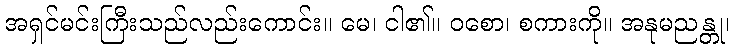
အရှင်မင်းကြီးသည်လည်းကောင်း။ မေ၊ ငါ၏။ ဝစော၊ စကားကို။ အနုမညန္တု၊